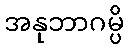
အနုဘာဂမ္ပိ